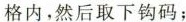
格内，然后取下钩码；